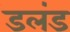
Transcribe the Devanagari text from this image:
डलंड